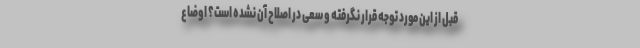
قبل از این مورد توجه قرار نگرفته و سعی در اصلاح آن نشده است؟ اوضاع